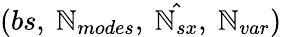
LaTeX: (bs,\ \mathbb{N}_{modes},\ \hat{{\mathbb{N}_{sx}}},\ \mathbb{N}_{var})